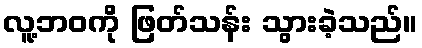
လူ့ဘဝကို ဖြတ်သန်း သွားခဲ့သည်။